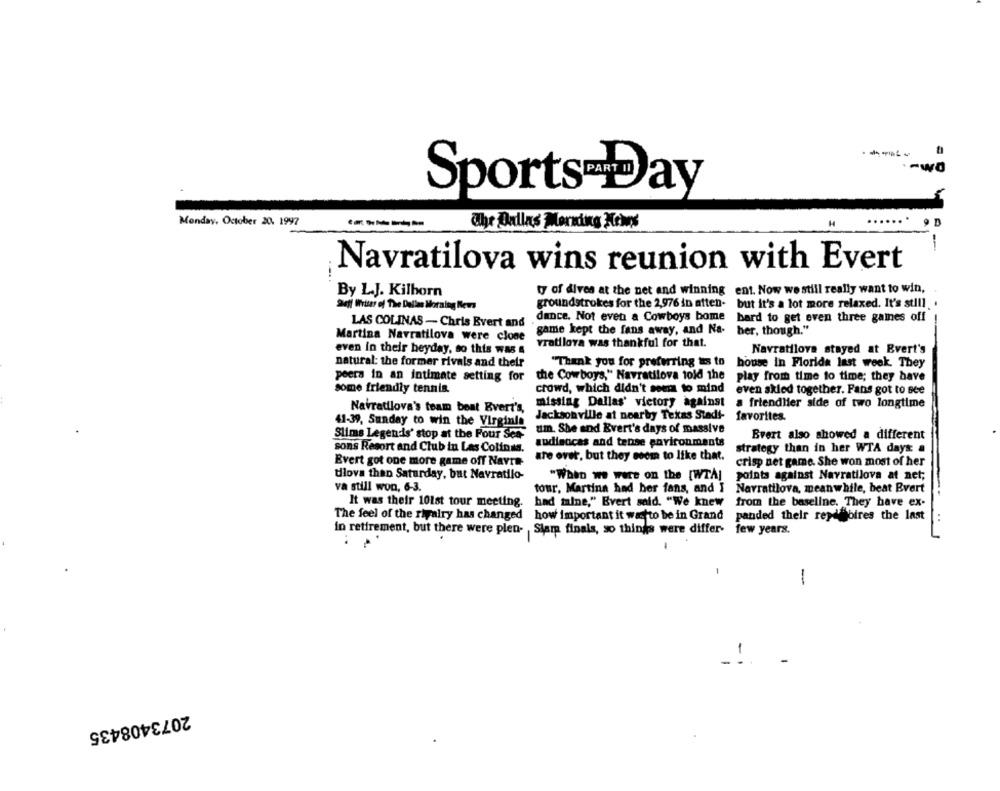
-- wo
Sports Day
Monday, October 20. 1997
The Dallas Morning News
Navratilova wins reunion with Evert
ty of dives at the net and winning ent. Now we still really want to win,
By L.J. Kilhorn
Deff Wrttar of The Dallas Morning News
groundstrokes for the 2,976 in atten-
but it's a lot more relaxed. It's still
LAS COLINAS - Chris Evert and . dance. Not even a Cowboys bome
bard to get even three gaines off
game kept the fans away, and Na-
ber, though."
Martina Navratilova were clone
vratilova was thankful for that.
even in their heyday, so this was &
Navratilova stayed at Evert's
natural: the former rivals and their
"Thank you for preferring is to
house in Florida last week. They
peers in an intimate setting for the Cowboys," Navratilova told the
play from time to time; they have
some friendly tennis.
crowd, which didn't seems to mind
even skied together. Fans got to see
misstag Dallas' victory against
a friendHier side of two longtime
Navratilova's team beat Evert's,
Jacksonville at nearby Texas Stadt-
favorites.
41-39, Sunday to win the Virginia
Slims Legendis' stop at the Pour Ses
um. She and Evert's days of massive
Evert also showed a different
audiencas and tense environments
sons Resort and Club in Las Colinas.
strategy than in her WTA days: a
are over, but they soom to like that.
Evert got one more game off Navra
crisp net game. She won most of her
tilova than Saturday, but Navratilo-
points against Navratilova at net;
"When we were on the [WTA]
va still won, 6-3.
tour, Martina had her fans, and I
Navratilova, meanwhile, beat Evert
It was their 101st tour meeting.
had maine," Evert said. "We knew
from the baseline. They have ex-
The feel of the rivalry has changed
how important it wantto be in Grand
panded their rey Sbires the last
1:
in retirement, but there were plen- Slam finals, so things were differ- few years.
:
-
-
-
-
2073408435